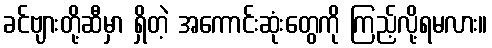
ခင်ဗျားတို့ဆီမှာ ရှိတဲ့ အကောင်းဆုံးတွေကို ကြည့်လို့ရမလား။